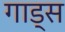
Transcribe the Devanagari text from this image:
गाड्स